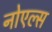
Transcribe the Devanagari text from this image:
नोएल्स